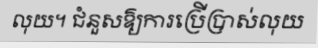
លុយ។ ជំនួសឱ្យការប្រើប្រាស់លុយ